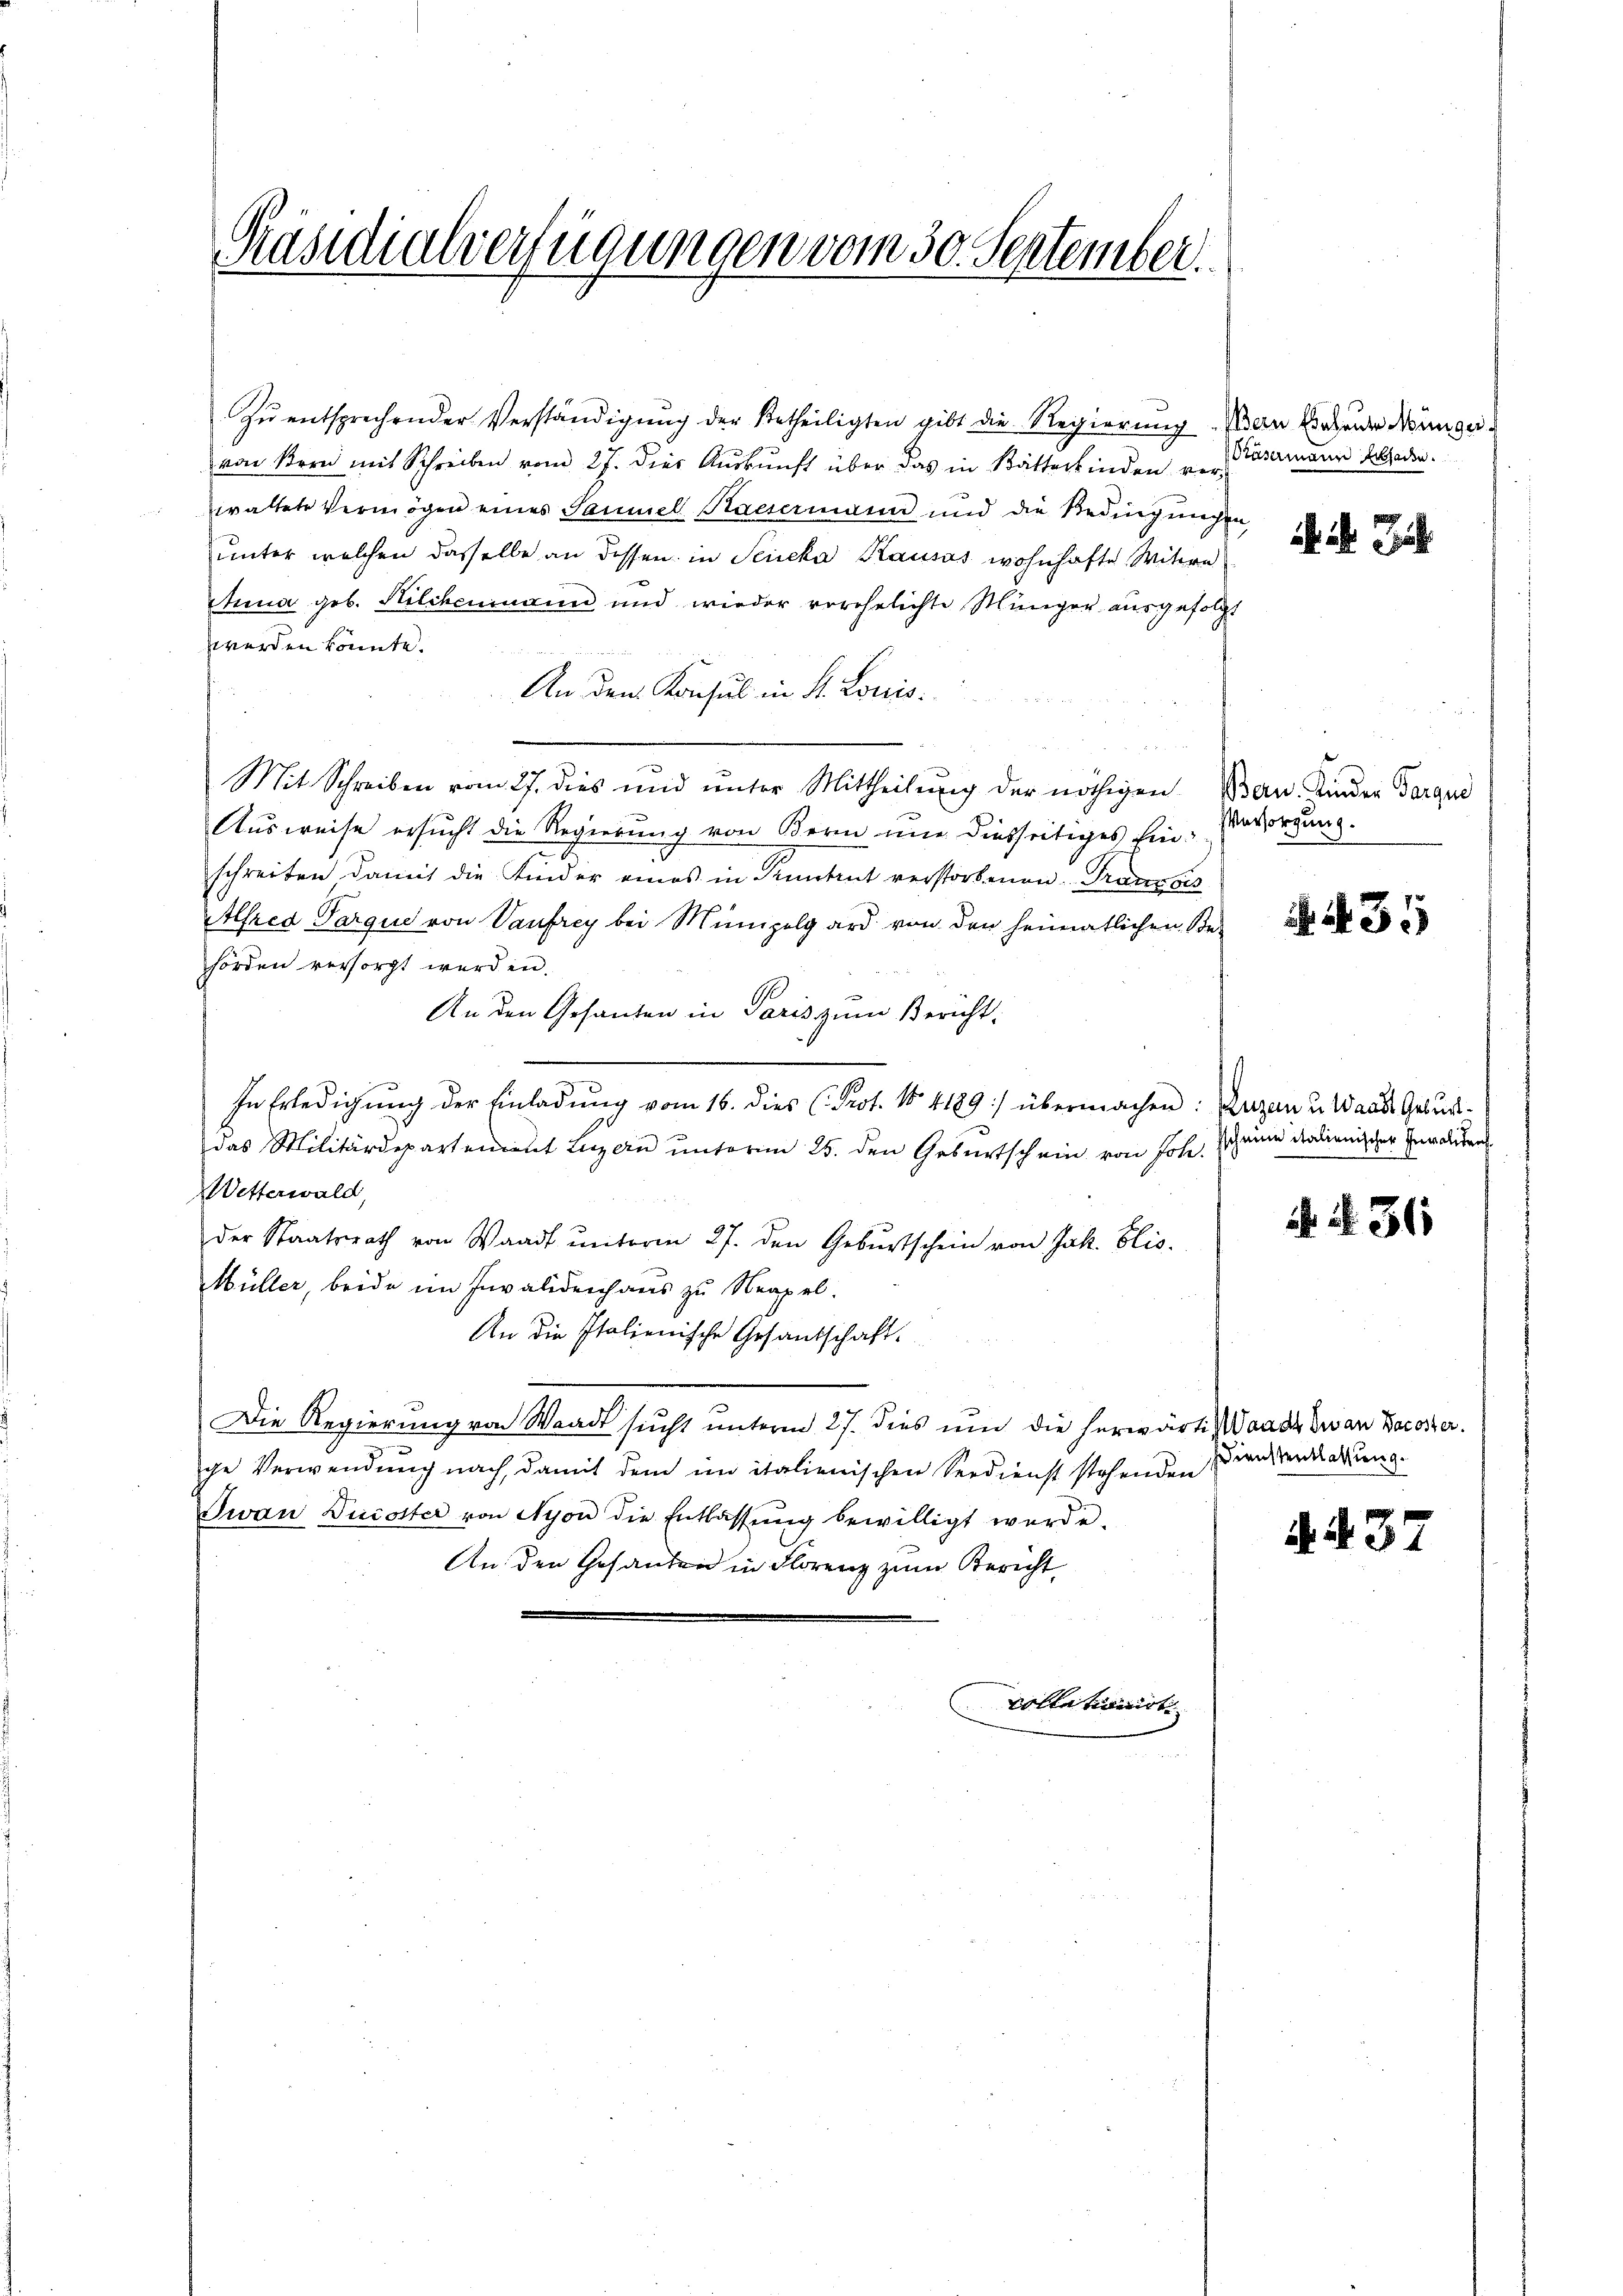
Präsidialverfügungen vom 30. September.

zŭ entsprechender Verständigŭng der Betheiligten gibt die Regierŭng Man findender Münger.
von Bern mit Schreiben vom 27. dies Aŭskŭnft über das in Bätterkinden ver-
waltete Vermögen eines Samuel Kaisermann und die Bedingungen,
unter welchen dasselbe an dessen in Seieka Kausas wohnhafte Witwe
Anna geb. Kilchenmann und wieder vorehelichte Miniger ausgefolgt
werden könnte.
An den Konsul in St. Louis
Mit Schreiben vom 27. dies und unter Mittheilung der nöthigen Bern. Kinder Parque
Ausweise ersucht die Regierung von Bern nie diesseitiges Einschreiben damit die Kinder eines in Fenstent verstorbenen Franzos
Alfred Parque von Vaufrey bei Mümpelgard von den heimatlichen Behörden versorgt werden.
An den Gesanten in Paris zum Bericht.
In Erledigung der Einladung vom 16. dies (Prot. N. 1189 :/ übermachen: Duzan u. Waals Geburt
das Militärdepartenient Luzern unterm 25. den Geburtschein von Joh. Ich eine dalienischer Invaliden
Wetterwald,
der Staatsrath von Waadt ŭnterm 27. den Gebŭrtschein von Jak. Elis.
Müller, beide im Invalidenhaus zu Neapel.
An die Italienische Gesandschaft.
Die Regierung von Waadt sucht unterm 27. dies um die herwärtig Waadt zwar Bocoster.
ge Verwendung nach, damit dem im italienischen Seedienst stehenden
Jwan Ducotter von Nyon die Entlassŭng bewilligt werde.
An den Gesanden in Florenz zum Berecht
Collationirt

Präsermann Erbladen.

i Jah

Versorgung.

31

. N. 36

Dienstentlassung.

A.437